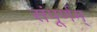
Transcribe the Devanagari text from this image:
संपूर्णम्‌